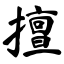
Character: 擅